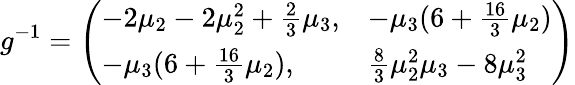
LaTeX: g^{-1}=\left(\begin{array}{ll}{{-2\mu_{2}-2\mu_{2}^{2}+\frac 23\mu_{3},}}&{{-\mu_{3}(6+\frac{16}{3}\mu_{2})}}\\ {{-\mu_{3}(6+\frac{16}{3}\mu_{2}),}}&{{\frac 83\mu_{2}^{2}\mu_{3}-8\mu_{3}^{2}}}\end{array}\right)